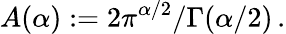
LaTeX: A(\alpha):=2\pi^{\alpha/2}/\Gamma(\alpha/2)\, .